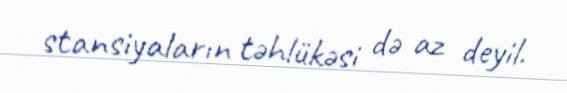
stansiyaların təhlükəsi də az deyil.